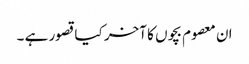
ان معصوم بچوں کا آخر کیا قصور ہے ۔